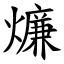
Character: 燫